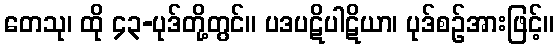
တေသု၊ ထို ၄၃-ပုဒ်တို့တွင်။ ပဒပဋိပါဋိယာ၊ ပုဒ်စဉ်အားဖြင့်။